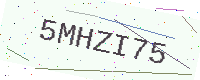
Text: 5MHZI75